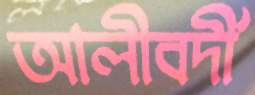
আলীবর্দী